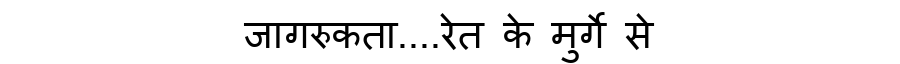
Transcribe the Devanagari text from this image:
जागरुकता....रेत के मुर्गे से